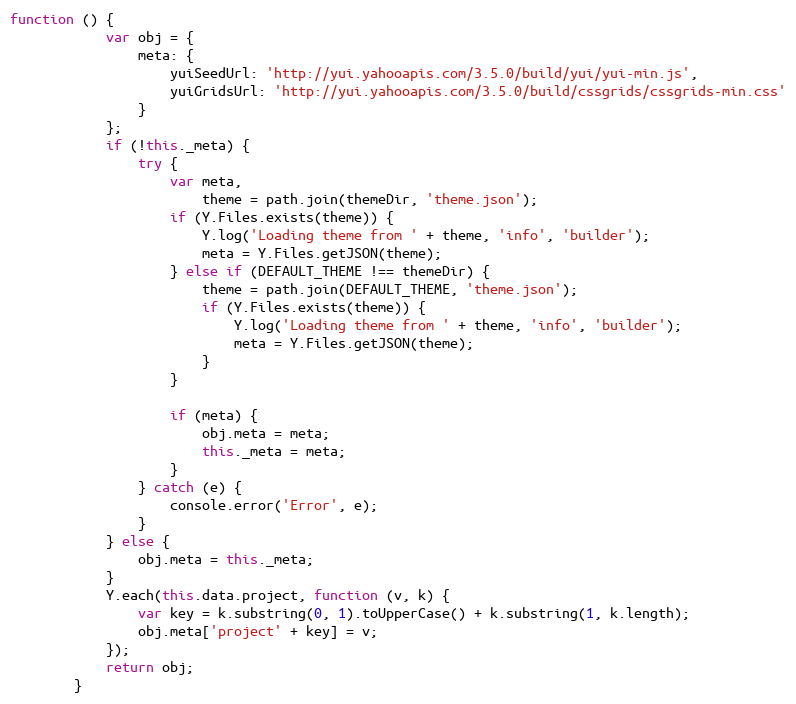
Language: JavaScript
function () {
            var obj = {
                meta: {
                    yuiSeedUrl: 'http://yui.yahooapis.com/3.5.0/build/yui/yui-min.js',
                    yuiGridsUrl: 'http://yui.yahooapis.com/3.5.0/build/cssgrids/cssgrids-min.css'
                }
            };
            if (!this._meta) {
                try {
                    var meta,
                        theme = path.join(themeDir, 'theme.json');
                    if (Y.Files.exists(theme)) {
                        Y.log('Loading theme from ' + theme, 'info', 'builder');
                        meta = Y.Files.getJSON(theme);
                    } else if (DEFAULT_THEME !== themeDir) {
                        theme = path.join(DEFAULT_THEME, 'theme.json');
                        if (Y.Files.exists(theme)) {
                            Y.log('Loading theme from ' + theme, 'info', 'builder');
                            meta = Y.Files.getJSON(theme);
                        }
                    }

                    if (meta) {
                        obj.meta = meta;
                        this._meta = meta;
                    }
                } catch (e) {
                    console.error('Error', e);
                }
            } else {
                obj.meta = this._meta;
            }
            Y.each(this.data.project, function (v, k) {
                var key = k.substring(0, 1).toUpperCase() + k.substring(1, k.length);
                obj.meta['project' + key] = v;
            });
            return obj;
        }